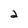
Character: 2